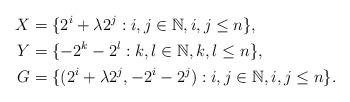
LaTeX: \begin{align*}X&=\{2^{i}+\lambda2^j :i,j \in \mathbb N, i,j \leq n \},\\ Y & =\{-2^{k}-2^l :k,l \in \mathbb N, k,l \leq n \},\\ G&=\{ (2^{i}+\lambda2^j, -2^{i}-2^j) : i,j \in \mathbb N, i,j \leq n\}.\end{align*}